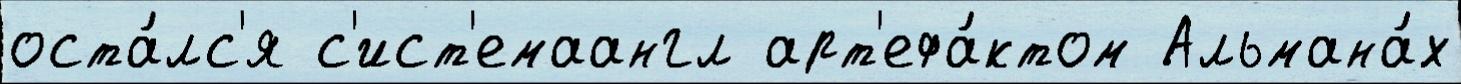
оста́лс'я с'ист'емаангл арт'ефа́ктом Альмана́х